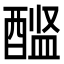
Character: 𨡼